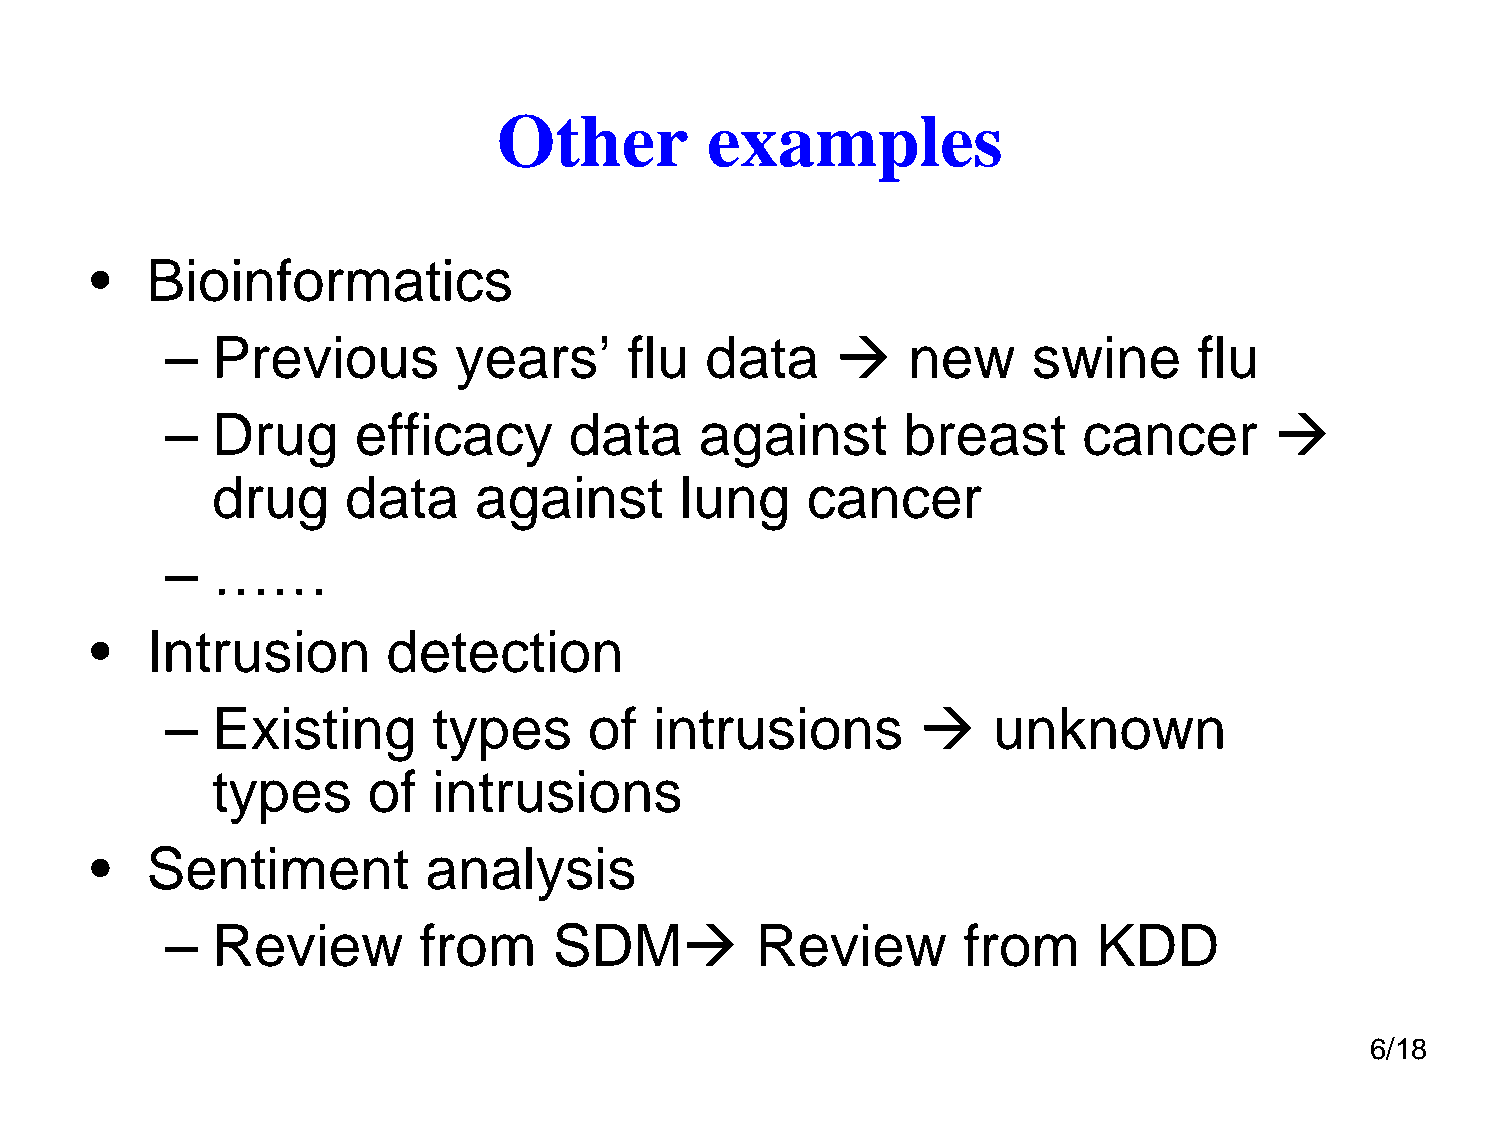
Other         examples
 •   Bioinformatics
 
 –  Previous        years’      flu  data         new     swine      flu
 
 –  Drug     efficacy       data    against       breast      cancer
 drug     data    against       lung    cancer
 –  ……
 •   Intrusion       detection
 
 –  Existing       types     of  intrusions             unknown
 types     of   intrusions
 •   Sentiment         analysis
 
 –  Review        from     SDM          Review        from     KDD
 6/18